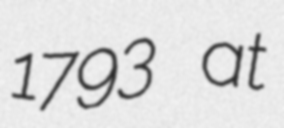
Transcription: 1793 at